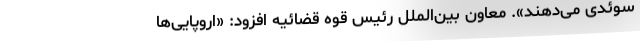
سوئدی می‌دهند». معاون بین‌الملل رئیس قوه قضائیه افزود: «اروپایی‌ها